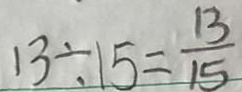
1 3 \div 1 5 = \frac { 1 3 } { 1 5 }